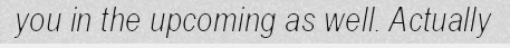
you in the upcoming as well. Actually